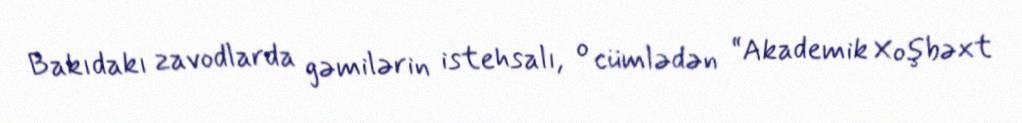
Bakıdakı zavodlarda gəmilərin istehsalı, o cümlədən “Akademik Xoşbəxt